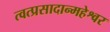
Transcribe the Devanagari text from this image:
त्वत्प्रसादान्महेश्वर